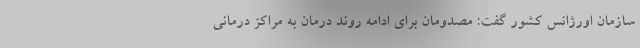
سازمان اورژانس کشور گفت: مصدومان برای ادامه روند درمان به مراکز درمانی